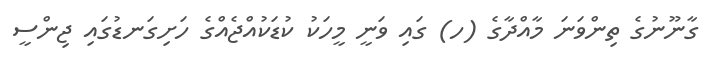
ގާނޫނުގެ ތިންވަނަ މާއްދާގެ (ހ) ގައި ވަނީ މީހަކު ކުޑަކުއްޖެއްގެ ހަށިގަނޑުގައި ޖިންސީ